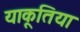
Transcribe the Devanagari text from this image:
याकूतिया